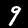
Label: 9